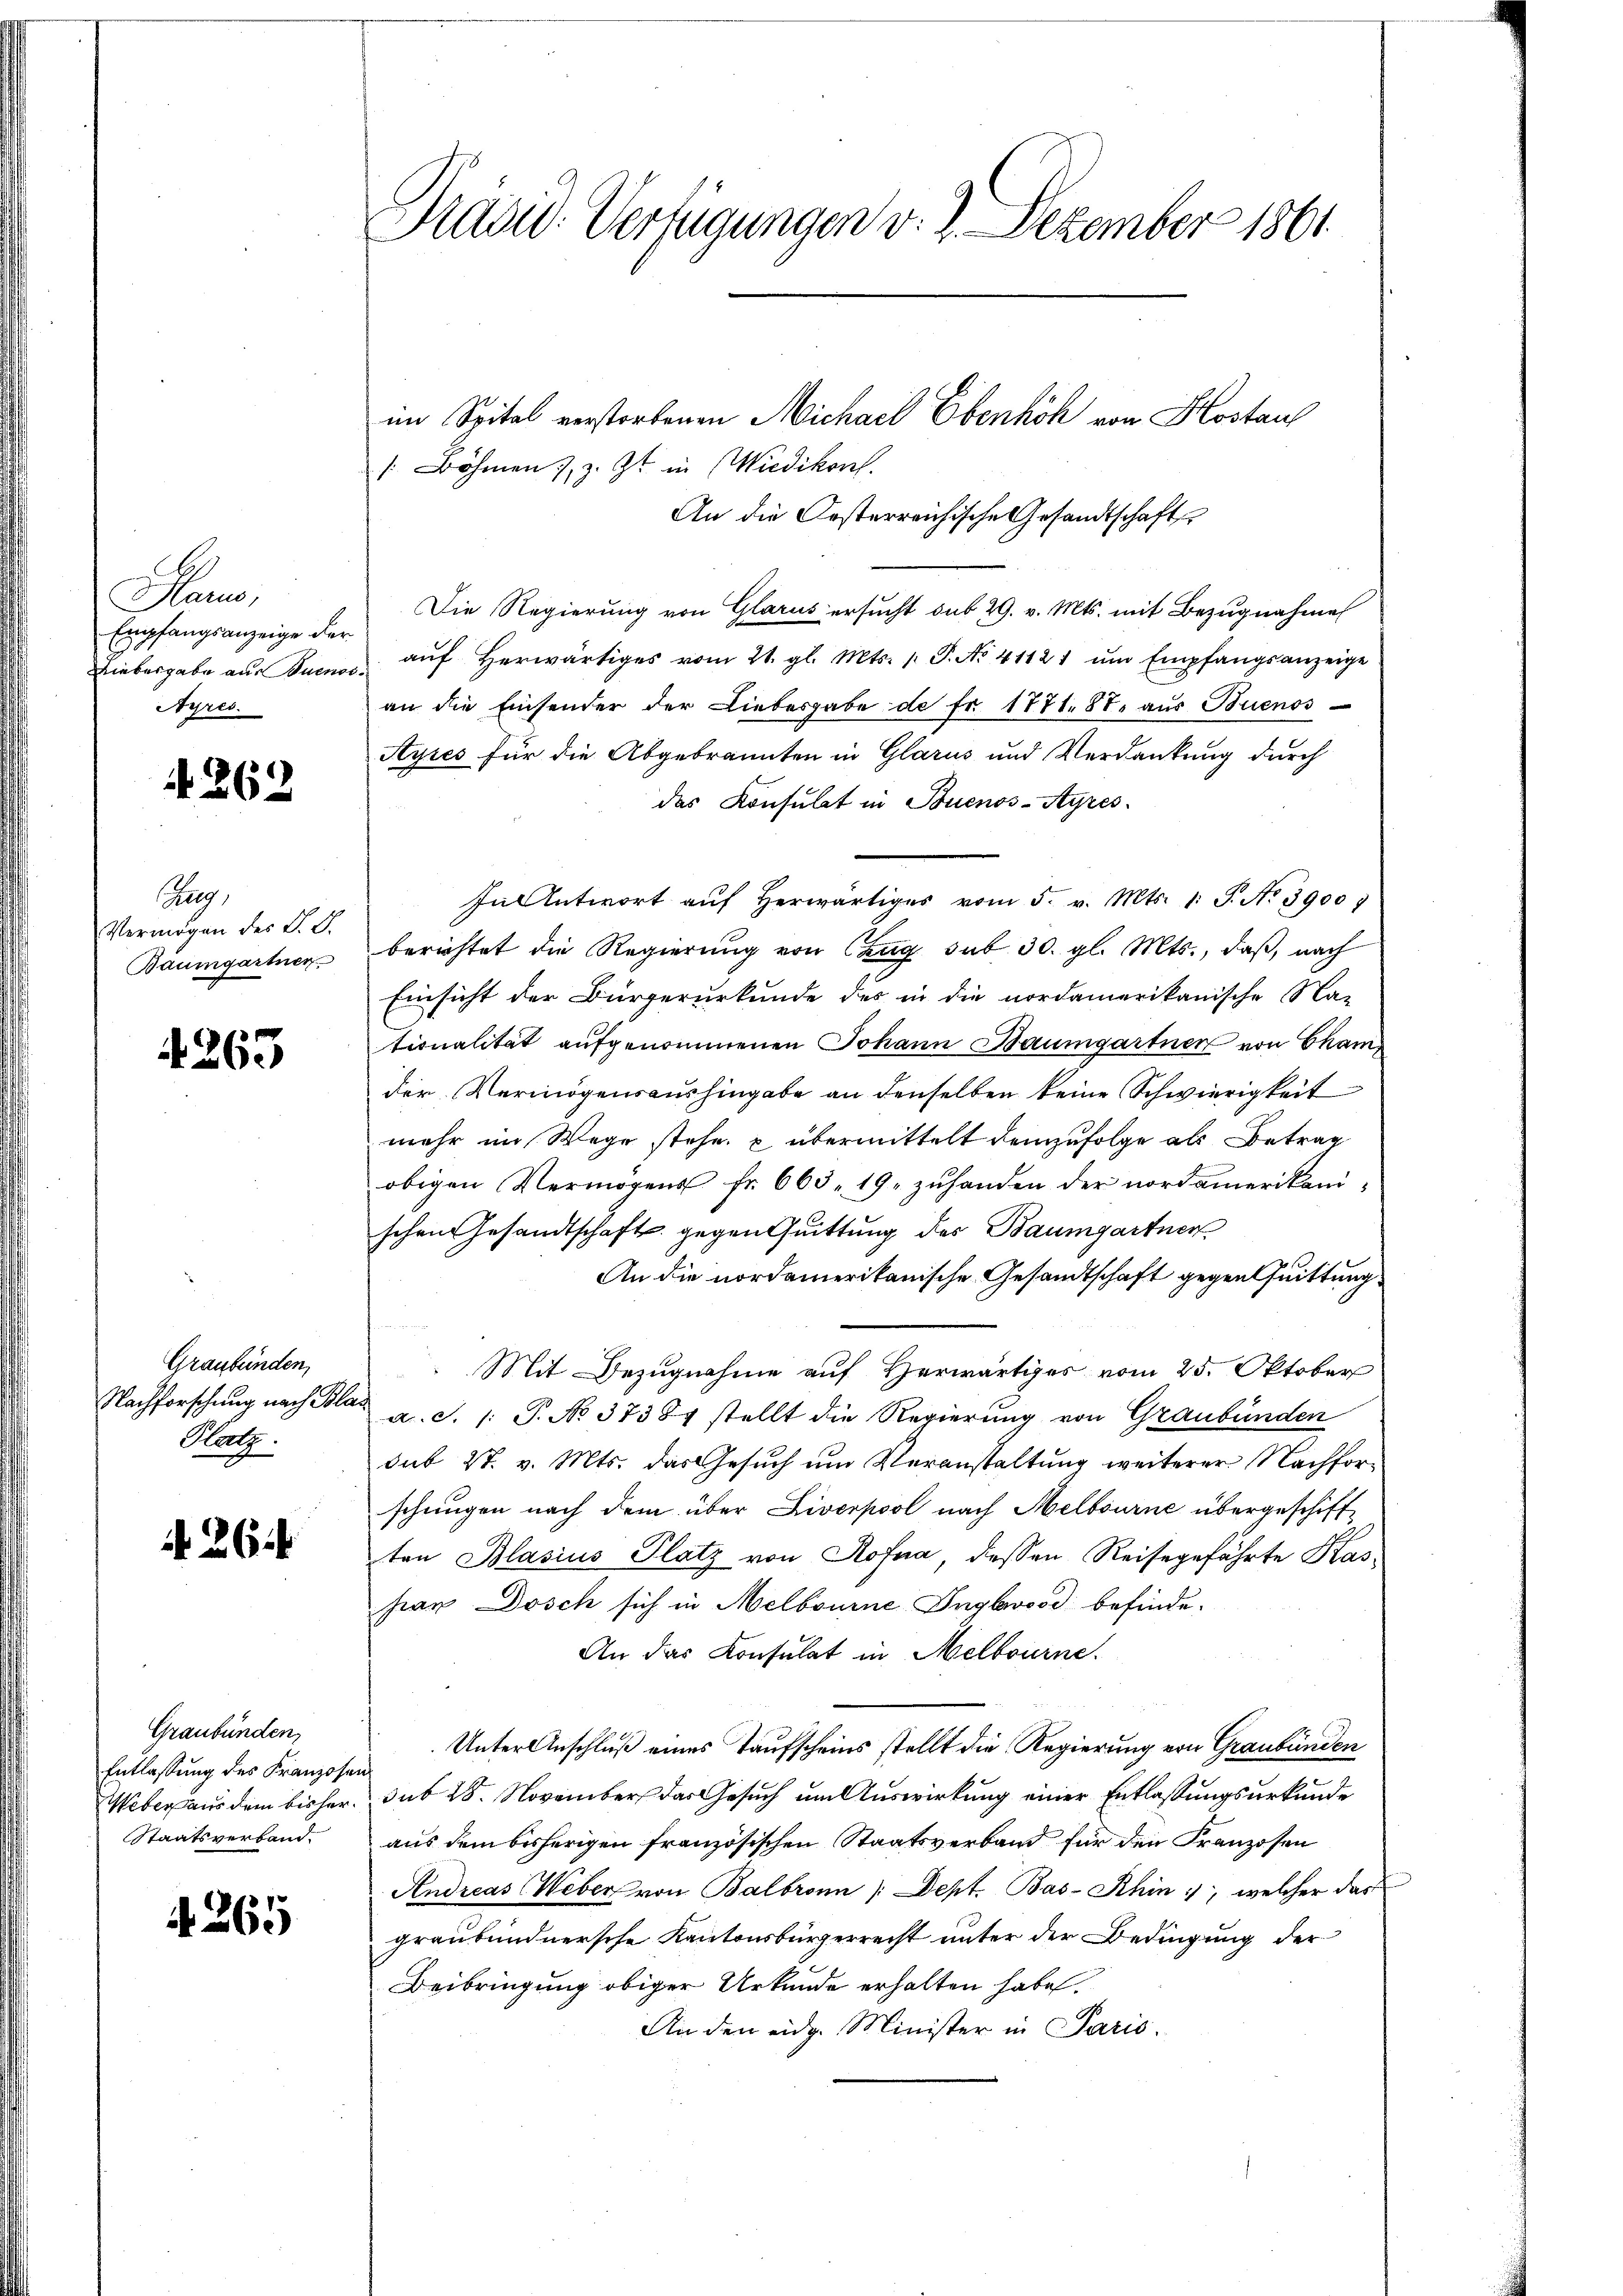
Slarus,
Empfangsanzeige der
Liebergabe aus Tuenos
Ayres.

. 262

Aug,
Vermögen des K. B.
Baumgartner

4263

Graubünden,
Nachforschung nach Bla¬
Hatz.

A. 26

Graubünden,
Entlassung des Franzose
Weber aus dem bisher¬
Staatsverband.

A 265

Präsid. Verfügungen v. 2. Dezember 1861

[. Böhmen, z. Zt. in Wiedikon.
An die Oesterreichische Gesandtschafts
Die Regierung von Glarus ersucht sub 29. v. Mts. mit Bezugnahme
aŭf herwärtiges vom 21. gl. Mts. 1. P. No 41121 ŭm Empfangsanzeige
an die Einsender der Liebesgabe de fr. 1771. 87. aus Buenos
Ayres für die Abgebrannten in Glarus und Verdankung durch
das Konsulat in Buenos-Ayres
In Antwort aŭf herwärtiges vom 5. v. Mts. 1. P. No. 3900
berichtet die Regierung von Czug. sub 30. gl. Mts., daß, nach
Einsicht der Bürgerurkunde des in die nordamerikanische Na-
tionalität aufgenommenen Johann Baumgartner von Cham
der Vermögensaushingabe an denselben keine Schwierigkeit
mehr im Wege stehe, u übermittelt demzufolge als Betrag
obigen Vermögens fr. 663. 19. zuhanden der nordamerikanischen Gesandtschaft gegentuittung des Baumgartner
An die nordamerikanische Gesandtschaft gegen Quittung
Mit Bezugnahme auf Herwärtiges vom 25. Oktober
a. S. 1: P. No 37387 stellt die Regierung von Graubünden
sub 27. v. Mts. das Gesuch um Veranstaltung weiterer Nachforschungen nach dem über Liverpool nach Melbourne übergeschifften Blasius Platz von Rofna, dessen Reisegefährte Kaspan Dosch sich in Melbourne-Inglwood befinde.
An das Konsulat in Melbourne.
Unter Anschluß eines Taufscheins stellt die Regierung von Graubünden
sub 28. November das Gesuch um Auswirkung einer Entlassungsurkunde
aus dem bisherigen französischen Staatsverband für den Franzosen
Andreas Weber von Balbronn /: Dept. Bas-Schin, welcher das
graubündnersche Kantonsbürgerrecht unter der Bedingung der
Beibringung obiger Urkunde erhalten habe.
An den eidg. Minister in Paris.

im Spital verstorbenen Michael Ebenhöh von Kostaus